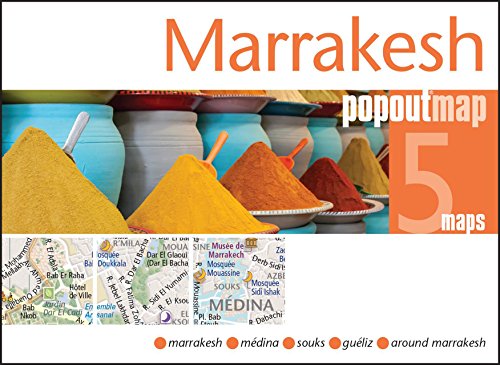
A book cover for Marrakesh PopOut Map: Handy pocket size pop up city map of Marrakesh (PopOut Maps); Travel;